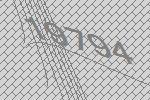
19794